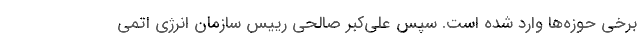
برخی حوزه‌ها وارد شده است. سپس علی‌کبر صالحی رییس سازمان انرژی اتمی